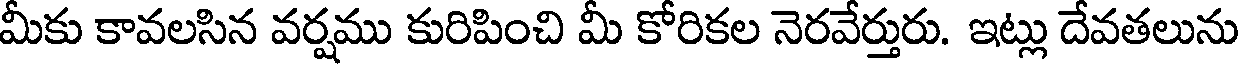
మీకు కావలసిన వర్షము కురిపించి మీ కోరికల నెరవేర్తురు. ఇట్లు దేవతలును